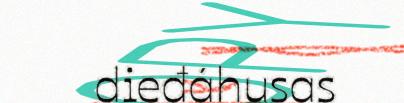
dieđáhusas